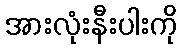
အားလုံးနီးပါးကို